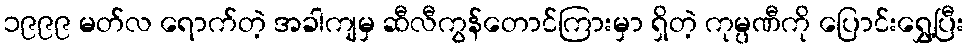
၁၉၉၉ မတ်လ ရောက်တဲ့ အခါကျမှ ဆီလီကွန်တောင်ကြားမှာ ရှိတဲ့ ကုမ္ပဏီကို ပြောင်းရွှေ့ပြီး